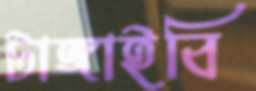
টাঙ্গাইবি